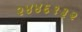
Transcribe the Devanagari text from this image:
२४४६१३२